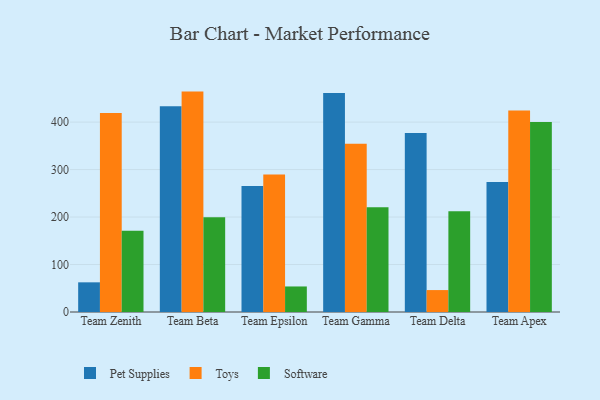
{"axis": {"x": "Team", "y": "Website Visitors"}, "legend": ["Pet Supplies", "Software", "Toys"], "data": [{"x": "Team Zenith", "y": 62.5, "type": "Pet Supplies"}, {"x": "Team Zenith", "y": 419.1, "type": "Toys"}, {"x": "Team Zenith", "y": 171.2, "type": "Software"}, {"x": "Team Beta", "y": 433.2, "type": "Pet Supplies"}, {"x": "Team Beta", "y": 464.3, "type": "Toys"}, {"x": "Team Beta", "y": 199.8, "type": "Software"}, {"x": "Team Epsilon", "y": 265.6, "type": "Pet Supplies"}, {"x": "Team Epsilon", "y": 289.6, "type": "Toys"}, {"x": "Team Epsilon", "y": 53.8, "type": "Software"}, {"x": "Team Gamma", "y": 461.1, "type": "Pet Supplies"}, {"x": "Team Gamma", "y": 354.4, "type": "Toys"}, {"x": "Team Gamma", "y": 220.7, "type": "Software"}, {"x": "Team Delta", "y": 377.2, "type": "Pet Supplies"}, {"x": "Team Delta", "y": 46.2, "type": "Toys"}, {"x": "Team Delta", "y": 212.3, "type": "Software"}, {"x": "Team Apex", "y": 273.8, "type": "Pet Supplies"}, {"x": "Team Apex", "y": 424.6, "type": "Toys"}, {"x": "Team Apex", "y": 400.4, "type": "Software"}]}